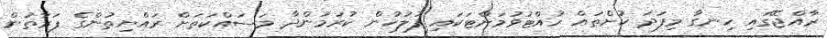
ރާއްޖޭގައި ހިނގާ މިފަދަ ކުށްތައް ހުއްޓުވުމަށްޓަކައި ފުލުހުން ކުރަމުންދާ މަސައްކަތަށް ރައްޔިތުންގެ ފަރާތުން